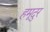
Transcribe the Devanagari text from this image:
हमूदुर